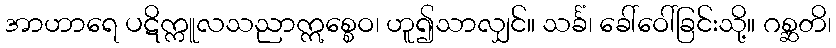
အာဟာရေ ပဋိက္ကူလသညာဣစ္စေဝ၊ ဟူ၍သာလျှင်။ သင်္ခံ၊ ခေါ်ဝေါ်ခြင်းသို့။ ဂစ္ဆတိ၊